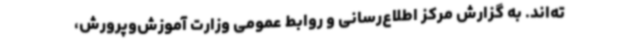
ته‌اند. به گزارش مرکز اطلاع‌رسانی و روابط عمومی وزارت آموزش‌وپرورش،